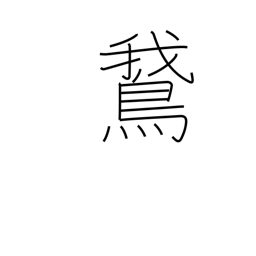
Meaning: goose